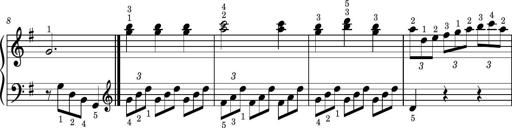
Title: Easy Progressive Lessons and 4 Sonatinas
Composer: Thomas Attwood